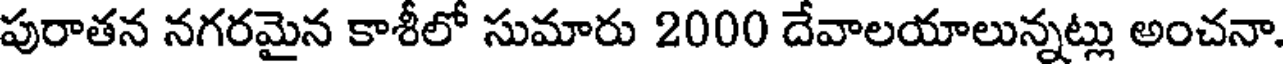
పురాతన నగరమైన కాశీలో సుమారు 2000 దేవాలయాలున్నట్లు అంచనా